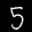
Label: 5